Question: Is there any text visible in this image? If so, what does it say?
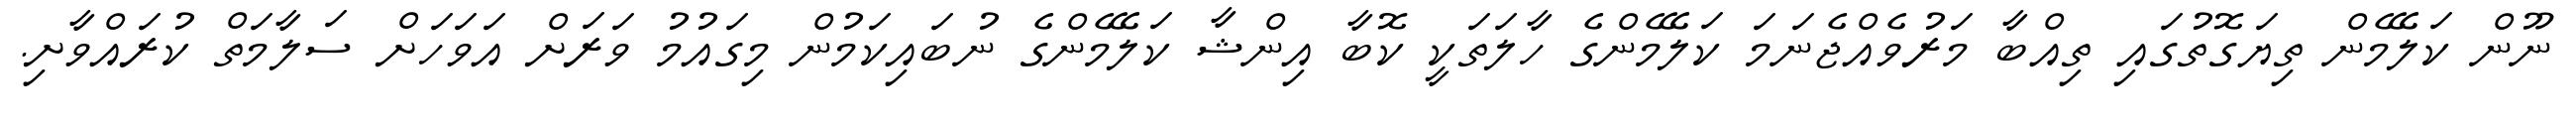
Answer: ނޫން ކަލޭމެން ތިޔަގޮތުގައި ތިއްބާ މަރުވެއްޖެނަމަ ކަލޭމެންގެ ހާލަތަކީ ކޮބާ އިންޝާ ކަލޭމެންގެ ނުބައިކަމުން މިގައުމު ވަރަށް އަވަހަށް ސަލާމަތް ކުރައްވާށި.